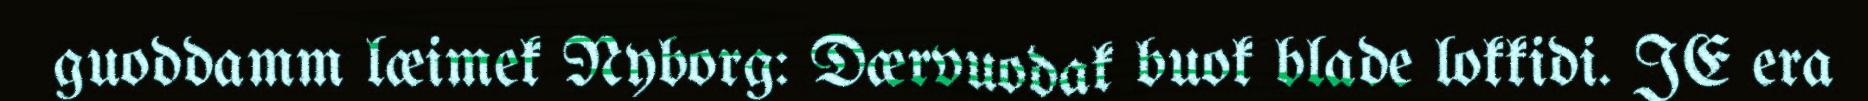
guoddamm læimek Nyborg: Dærvuodak buok blade lokkidi. JE era